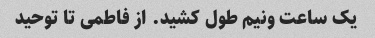
یک ساعت ونیم طول کشید. از فاطمی تا توحید